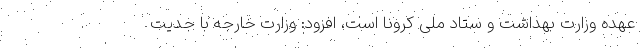
عهده وزارت بهداشت و ستاد ملی کرونا است، افزود: وزارت خارجه با جدیت